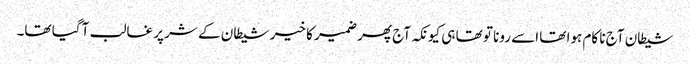
شیطان آج نا کام ہوا تھا اسے رونا تو تھا ہی کیونکہ آج پھر ضمیر کا خیر شیطان کے شر پر غالب آ گیا تھا۔